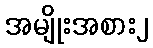
အမျိုးအစား၂